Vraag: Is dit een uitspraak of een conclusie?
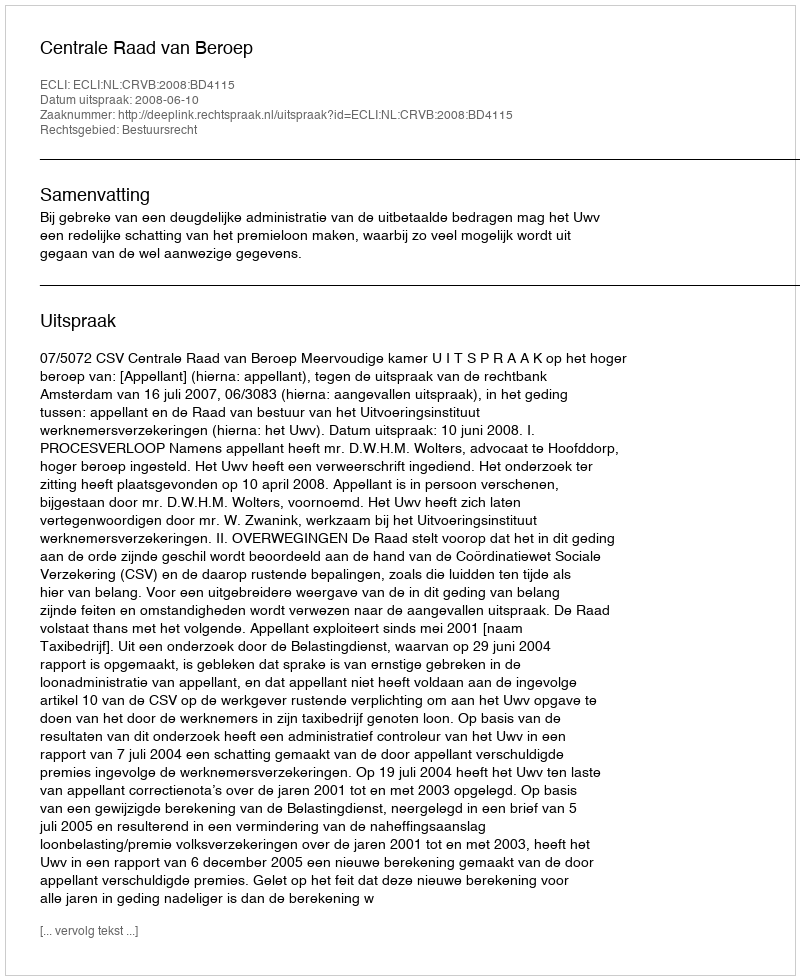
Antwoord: Uitspraak